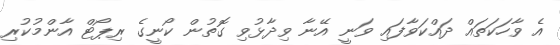
އެ ވާހަކަތައް ދައްކަވާފައި ވަނީ އޭނާ ވިދާޅުވި ގޮތުން ކޯނީގެ ރިޕޯޓް އާންމުކުރި